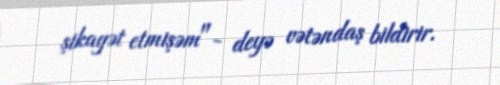
şikayət etmişəm"- deyə vətəndaş bildirir.